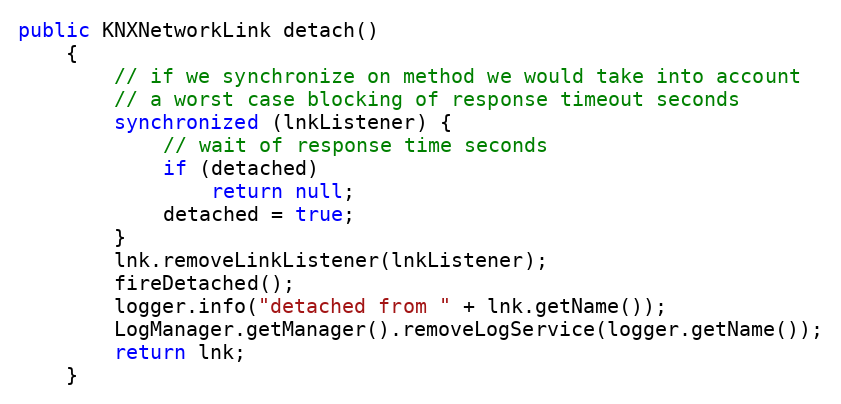
Language: Java
public KNXNetworkLink detach()
	{
		// if we synchronize on method we would take into account
		// a worst case blocking of response timeout seconds
		synchronized (lnkListener) {
			// wait of response time seconds
			if (detached)
				return null;
			detached = true;
		}
		lnk.removeLinkListener(lnkListener);
		fireDetached();
		logger.info("detached from " + lnk.getName());
		LogManager.getManager().removeLogService(logger.getName());
		return lnk;
	}